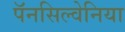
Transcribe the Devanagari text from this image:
पॅनसिल्वेनिया